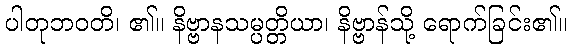
ပါတုဘဝတိ၊ ၏။ နိဗ္ဗာနသမ္ပတ္တိယာ၊ နိဗ္ဗာန်သို့ ရောက်ခြင်း၏။